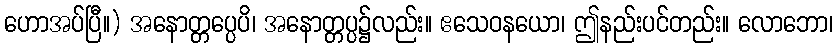
ဟောအပ်ပြီ။) အနောတ္တပ္ပေပိ၊ အနောတ္တပ္ပ၌လည်း။ ဧသေဝနယော၊ ဤနည်းပင်တည်း။ လောဘော၊